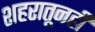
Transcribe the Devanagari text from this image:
शहरातूनही